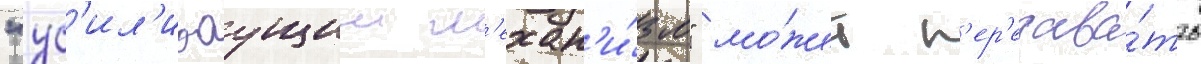
"ус'ил'иваущии м'ехан'и́зм" мо́жет п'ер'едава́ть